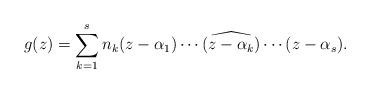
LaTeX: \begin{align*} g(z)=\sum_{k=1}^s n_k(z-\alpha_1)\cdots\widehat{(z-\alpha_k)}\cdots(z-\alpha_s).\end{align*}